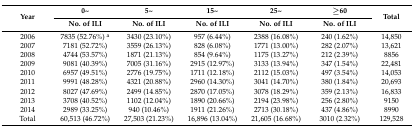
<table><thead><tr><td rowspan="2"><b>Year</b></td><td><b>0~</b></td><td><b>5~</b></td><td><b>15~</b></td><td><b>25~</b></td><td><b>≥60</b></td><td rowspan="2"><b>Total</b></td></tr><tr><td><b>No. of ILI</b></td><td><b>No. of ILI</b></td><td><b>No. of ILI</b></td><td><b>No. of ILI</b></td><td><b>No. of ILI</b></td></tr></thead><tbody><tr><td>2006</td><td>7835 (52.76%) <sup>a</sup></td><td>3430 (23.10%)</td><td>957 (6.44%)</td><td>2388 (16.08%)</td><td>240 (1.62%)</td><td>14,850</td></tr><tr><td>2007</td><td>7181 (52.72%)</td><td>3559 (26.13%)</td><td>828 (6.08%)</td><td>1771 (13.00%)</td><td>282 (2.07%)</td><td>13,621</td></tr><tr><td>2008</td><td>4744 (53.57%)</td><td>1871 (21.13%)</td><td>854 (9.64%)</td><td>1175 (13.27%)</td><td>212 (2.39%)</td><td>8856</td></tr><tr><td>2009</td><td>9081 (40.39%)</td><td>7005 (31.16%)</td><td>2915 (12.97%)</td><td>3133 (13.94%)</td><td>347 (1.54%)</td><td>22,481</td></tr><tr><td>2010</td><td>6957 (49.51%)</td><td>2776 (19.75%)</td><td>1711 (12.18%)</td><td>2112 (15.03%)</td><td>497 (3.54%)</td><td>14,053</td></tr><tr><td>2011</td><td>9991 (48.28%)</td><td>4321 (20.88%)</td><td>2960 (14.30%)</td><td>3041 (14.70%)</td><td>380 (1.84%)</td><td>20,693</td></tr><tr><td>2012</td><td>8027 (47.69%)</td><td>2499 (14.85%)</td><td>2870 (17.05%)</td><td>3078 (18.29%)</td><td>359 (2.13%)</td><td>16,833</td></tr><tr><td>2013</td><td>3708 (40.52%)</td><td>1102 (12.04%)</td><td>1890 (20.66%)</td><td>2194 (23.98%)</td><td>256 (2.80%)</td><td>9150</td></tr><tr><td>2014</td><td>2989 (33.25%)</td><td>940 (10.46%)</td><td>1911 (21.26%)</td><td>2713 (30.18%)</td><td>437 (4.86%)</td><td>8990</td></tr><tr><td>Total</td><td>60,513 (46.72%)</td><td>27,503 (21.23%)</td><td>16,896 (13.04%)</td><td>21,605 (16.68%)</td><td>3010 (2.32%)</td><td>129,528</td></tr></tbody></table>